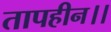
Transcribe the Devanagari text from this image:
तापहीन।।